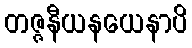
တဇ္ဇနီယနယေနာပိ